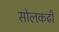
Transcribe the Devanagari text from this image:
सोलकढी